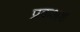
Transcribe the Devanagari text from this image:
प्रकअश